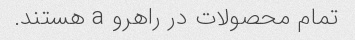
تمام محصولات در راهرو a هستند.